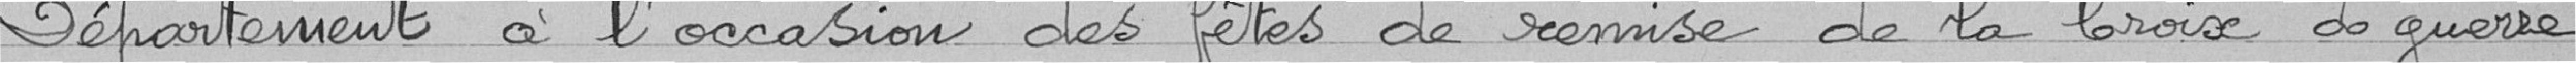
Département à l'occasion des fêtes de remise de la Croix de guerre